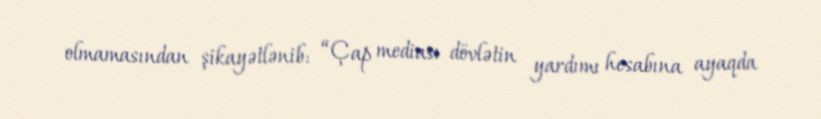
olmamasından şikayətlənib: “Çap mediası dövlətin yardımı hesabına ayaqda